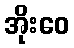
အိုးဝေ